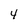
Character: 4